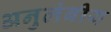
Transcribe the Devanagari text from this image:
अनुलंबीय